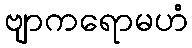
ဗျာကရောမဟံ